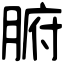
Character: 腑